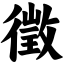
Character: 徵